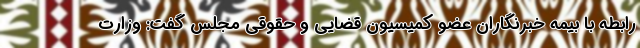
رابطه با بیمه خبرنگاران عضو کمیسیون قضایی و حقوقی مجلس گفت: وزارت